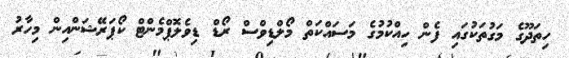
ހިތަދޫގެ މަގުތަކުގައި ފެން ހިއްކުމުގެ މަސައްކަތް މޯލްޑިވްސް ރޯޑް ޑިވެލޮޕްމެންޓް ކޯޕަރޭޝަންއިން މިހާރު